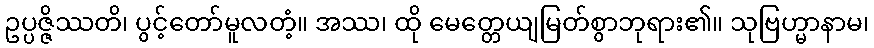
ဥပ္ပဇ္ဇိဿတိ၊ ပွင့်တော်မူလတံ့။ အဿ၊ ထို မေတ္တေယျမြတ်စွာဘုရား၏။ သုဗြဟ္မာနာမ၊